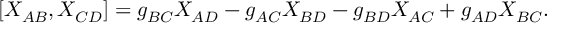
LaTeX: [ X _ { A B } , X _ { C D } ] = g _ { B C } X _ { A D } - g _ { A C } X _ { B D } - g _ { B D } X _ { A C } + g _ { A D } X _ { B C } .